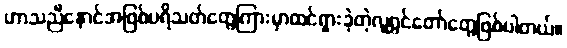
ဟာသညီနောင်အဖြစ်ပရိသတ်တွေကြားမှာထင်ရှားခဲ့တဲ့လူရွှင်တော်တွေဖြစ်ပါတယ်။